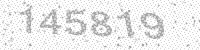
Solution: 145819